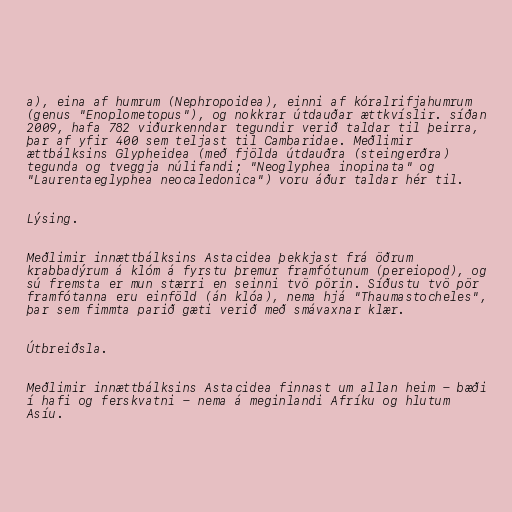
a), eina af humrum (Nephropoidea), einni af kóralrifjahumrum
(genus "Enoplometopus"), og nokkrar útdauðar ættkvíslir. síðan
2009, hafa 782 viðurkenndar tegundir verið taldar til þeirra,
þar af yfir 400 sem teljast til Cambaridae. Meðlimir
ættbálksins Glypheidea (með fjölda útdauðra (steingerðra)
tegunda og tveggja núlifandi; "Neoglyphea inopinata" og
"Laurentaeglyphea neocaledonica") voru áður taldar hér til.

Lýsing.

Meðlimir innættbálksins Astacidea þekkjast frá öðrum
krabbadýrum á klóm á fyrstu þremur framfótunum (pereiopod), og
sú fremsta er mun stærri en seinni tvö pörin. Síðustu tvö pör
framfótanna eru einföld (án klóa), nema hjá "Thaumastocheles",
þar sem fimmta parið gæti verið með smávaxnar klær.

Útbreiðsla.

Meðlimir innættbálksins Astacidea finnast um allan heim - bæði
í hafi og ferskvatni - nema á meginlandi Afríku og hlutum
Asíu.